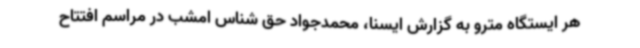
هر ایستگاه مترو به گزارش ایسنا، محمدجواد حق شناس امشب در مراسم افتتاح